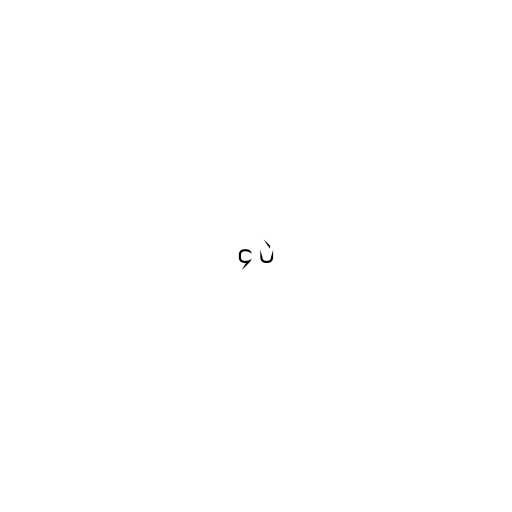
၄ ပဲ